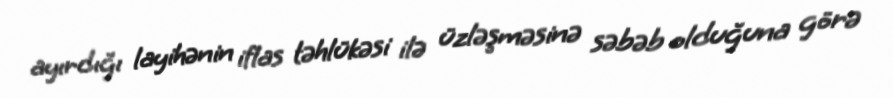
ayırdığı layihənin iflas təhlükəsi ilə üzləşməsinə səbəb olduğuna görə